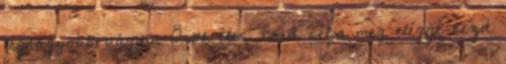
legnagyobb vágya. Örök élet. Ford célja meg eléggé kezd